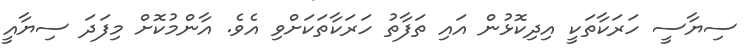
ސިޔާސީ ހަރަކާތަކީ އިދިކޮޅުން އައި ތަފާތު ހަރަކާތަކަށްވި އެވެ. އާންމުކޮށް މިފަދަ ސިޔާއީ